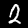
Digit: 2